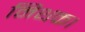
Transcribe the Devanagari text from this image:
मिथक।